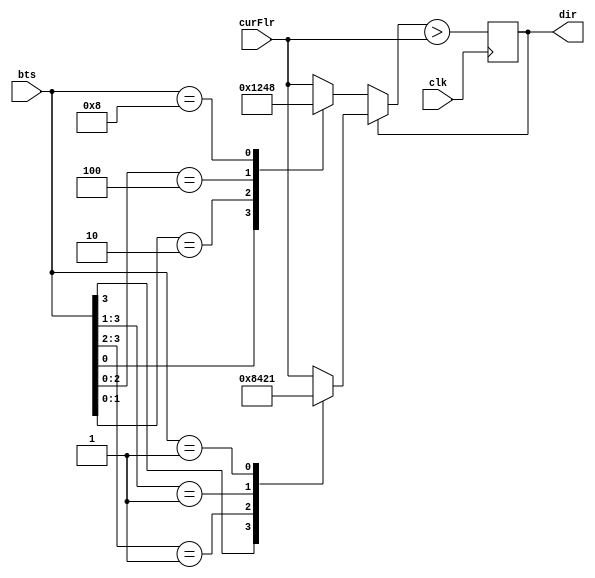

module E_GetDirection(
input			clk,
input	[3:0]	bts,
input	[3:0]	curFlr,
output			dir
);
reg 		fdir;
reg [3:0]	pbts;
assign dir = fdir;
always@ (posedge clk)
	fdir = (pbts>curFlr);

always@ (*)
begin
	if(dir)
		casex(bts)
			4'b1XXX:pbts = 4'b1000;
			4'b01XX:pbts = 4'b0100;
			4'b001X:pbts = 4'b0010;
			4'b0001:pbts = 4'b0001;
			default:pbts = curFlr;
		endcase
	else
		casex(bts)
			4'bXXX1:pbts = 4'b0001;
			4'bXX10:pbts = 4'b0010;
			4'bX100:pbts = 4'b0100;
			4'b1000:pbts = 4'b1000;
			default:pbts = curFlr;
		endcase
end

endmodule